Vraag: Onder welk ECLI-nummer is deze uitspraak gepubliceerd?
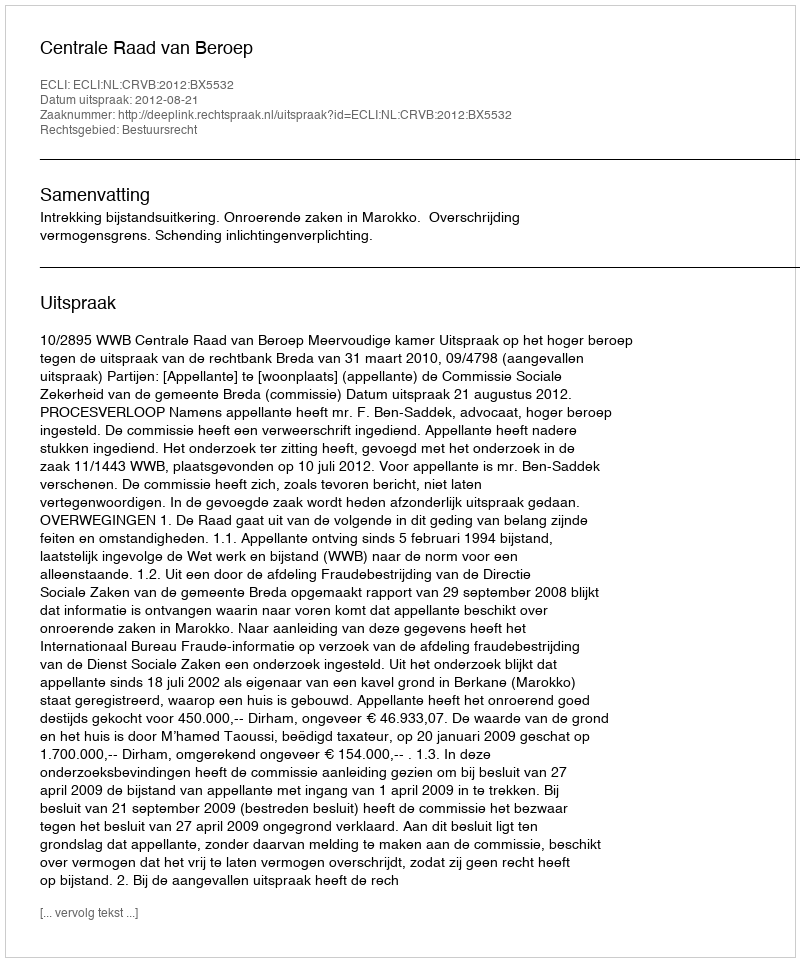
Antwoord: ECLI:NL:CRVB:2012:BX5532